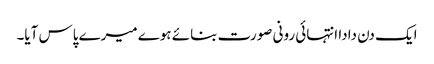
ایک دن دادا انتہائی رونی صورت بنائے ہوے میرے پاس آیا۔